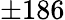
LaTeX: \pm 186